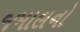
જમાલનો